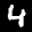
Label: 4